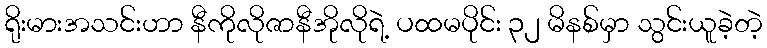
ရိုးမားအသင်းဟာ နီကိုလိုဇာနီအိုလိုရဲ့ ပထမပိုင်း ၃၂ မိနစ်မှာ သွင်းယူခဲ့တဲ့